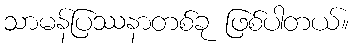
သာမန်ပြဿနာတစ်ခု ဖြစ်ပါတယ်။